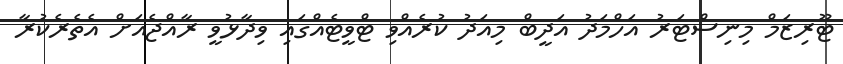
ޓޫރިޒަމް މިނިސްޓަރު އަހްމަދު އަދީބް މިއަދު ކުރެއްވި ޓްވީޓެއްގައި ވިދާޅުވީ ރާއްޖެއަށް އެތެރެކުރާ